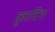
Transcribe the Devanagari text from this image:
कुरदिश